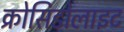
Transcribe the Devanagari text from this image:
क्रोसिडोलाइट